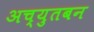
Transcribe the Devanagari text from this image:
अच्युतबन